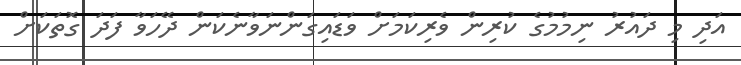
އަދި މި ދައުރު ނިމުމުގެ ކުރިން ވެރިކަމަށް ވަޑައިގަންނަވާނެކަން ދޭހަވާ ފަދަ ގޮތަކަށް